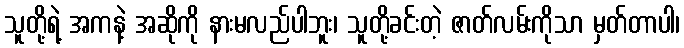
သူတို့ရဲ့ အကနဲ့ အဆိုကို နားမလည်ပါဘူး၊ သူတို့ခင်းတဲ့ ဇာတ်လမ်းကိုသာ မှတ်တာပါ၊